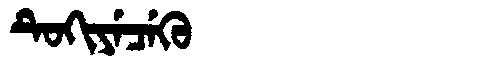
Manchu: ᡨᡠᡴᡳᠶᡝᠴᡝᡴᡠ
Romanization: TUKIYECEKU